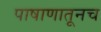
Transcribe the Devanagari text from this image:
पाषाणातूनच